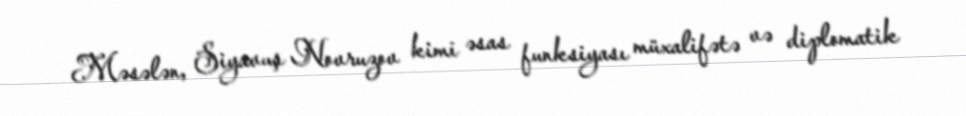
Məsələn, Siyavuş Novruzov kimi əsas funksiyası müxalifətə və diplomatik